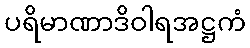
ပရိမာဏာဒိဝါရအဋ္ဌကံ